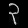
Digit: ၃